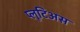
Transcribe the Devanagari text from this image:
प्लूटिअस